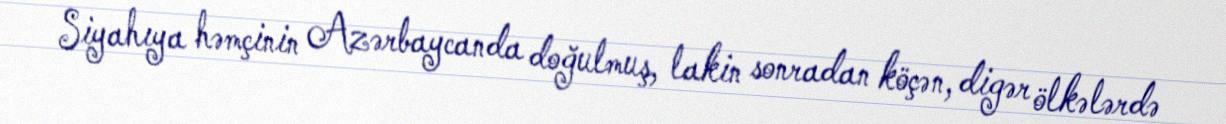
Siyahıya həmçinin Azərbaycanda doğulmuş, lakin sonradan köçən, digər ölkələrdə